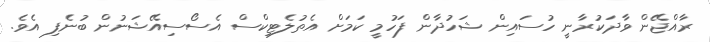
ރާއްޖޭން ވާދަކުރާނީ ހުސައިން ޝަހުދާން ފަހުމީ ކަމަށް އެތުލެޓިކްސް އެސޯސިއޭޝަނުން ބުނެފި އެވެ.